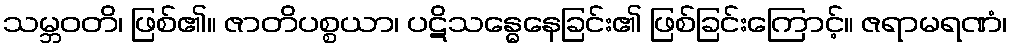
သမ္ဘဝတိ၊ ဖြစ်၏။ ဇာတိပစ္စယာ၊ ပဋိသန္ဓေနေခြင်း၏ ဖြစ်ခြင်းကြောင့်။ ဇရာမရဏံ၊